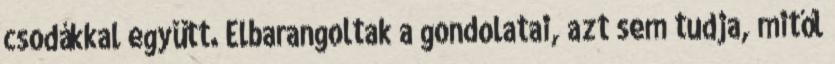
csodákkal együtt. Elbarangoltak a gondolatai, azt sem tudja, mitől